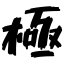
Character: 極